Leaving Certificate Examination (including Day School Certificate (Higher) General paper), 1937
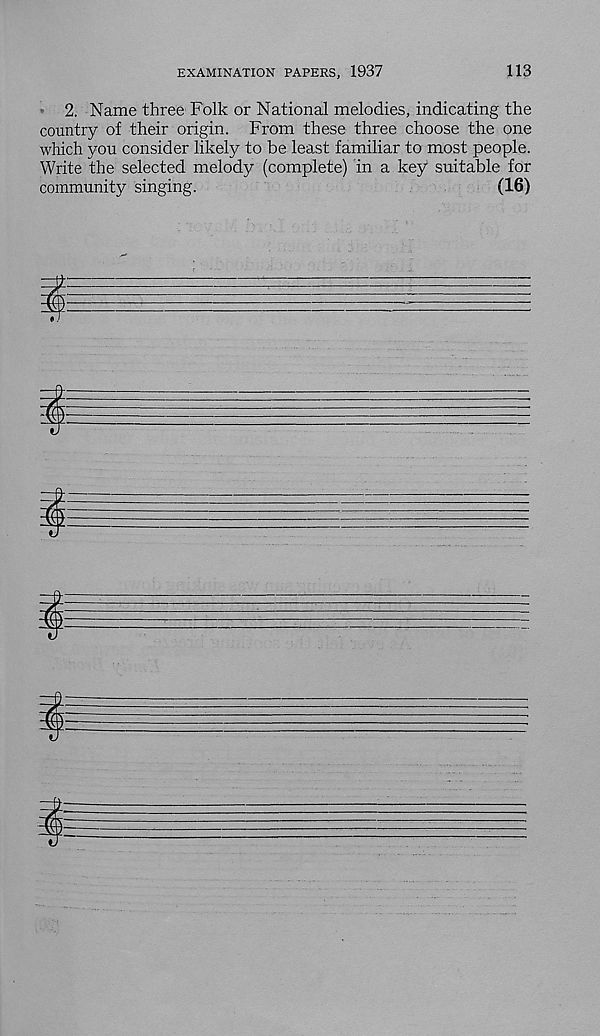
EXAMINATION PAPERS, 1937
113
2. Name three Folk or National melodies, indicating the
country of their origin. From these three choose the one
which you consider likely to be least familiar to most people.
Write the selected melody (complete) in a key suitable for
community singing.
(16)